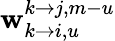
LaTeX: \mathbf{w}_{k\rightarrow i,u}^{k\rightarrow j,m-u}